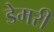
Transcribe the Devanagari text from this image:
डेमरी